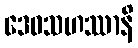
ဒေဝသဟဿာနိ